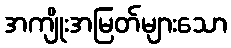
အကျိုးအမြတ်များသော